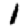
Digit: 1